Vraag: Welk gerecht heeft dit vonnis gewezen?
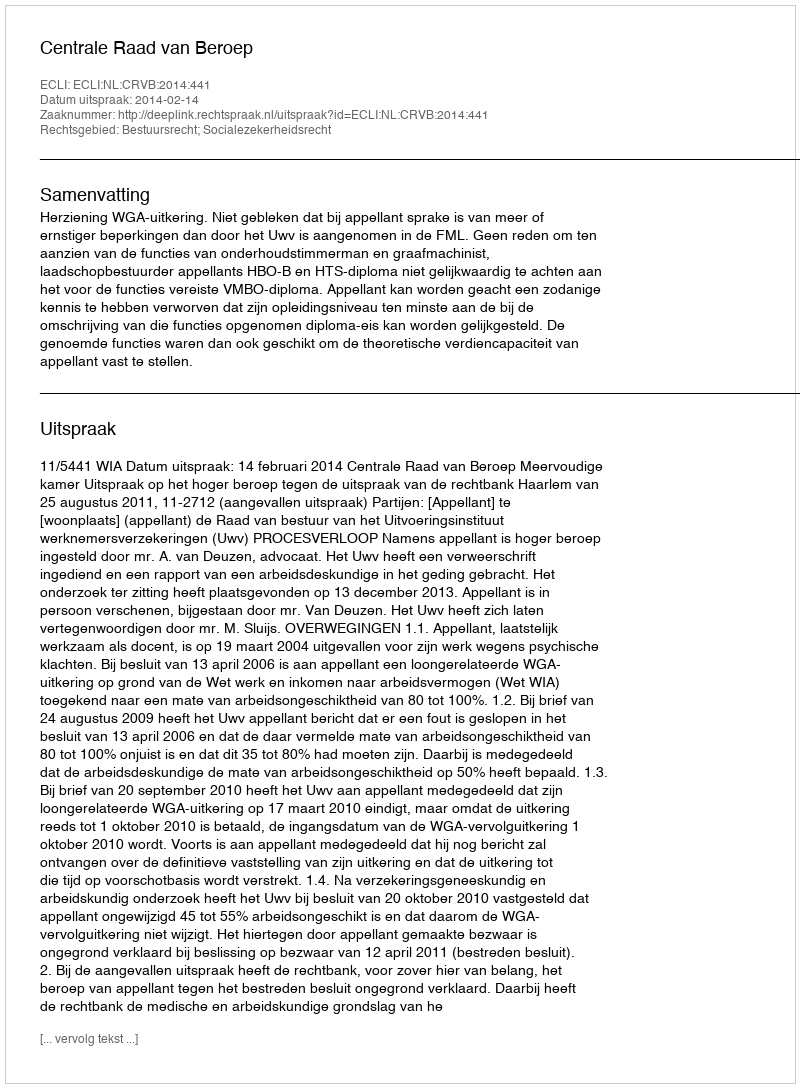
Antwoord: Centrale Raad van Beroep